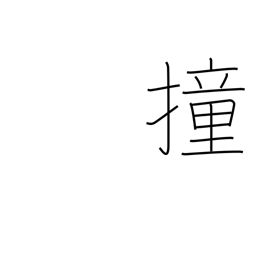
Meaning: thrust